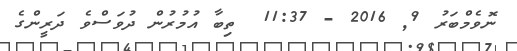
ނޮވެމްބަރު 9